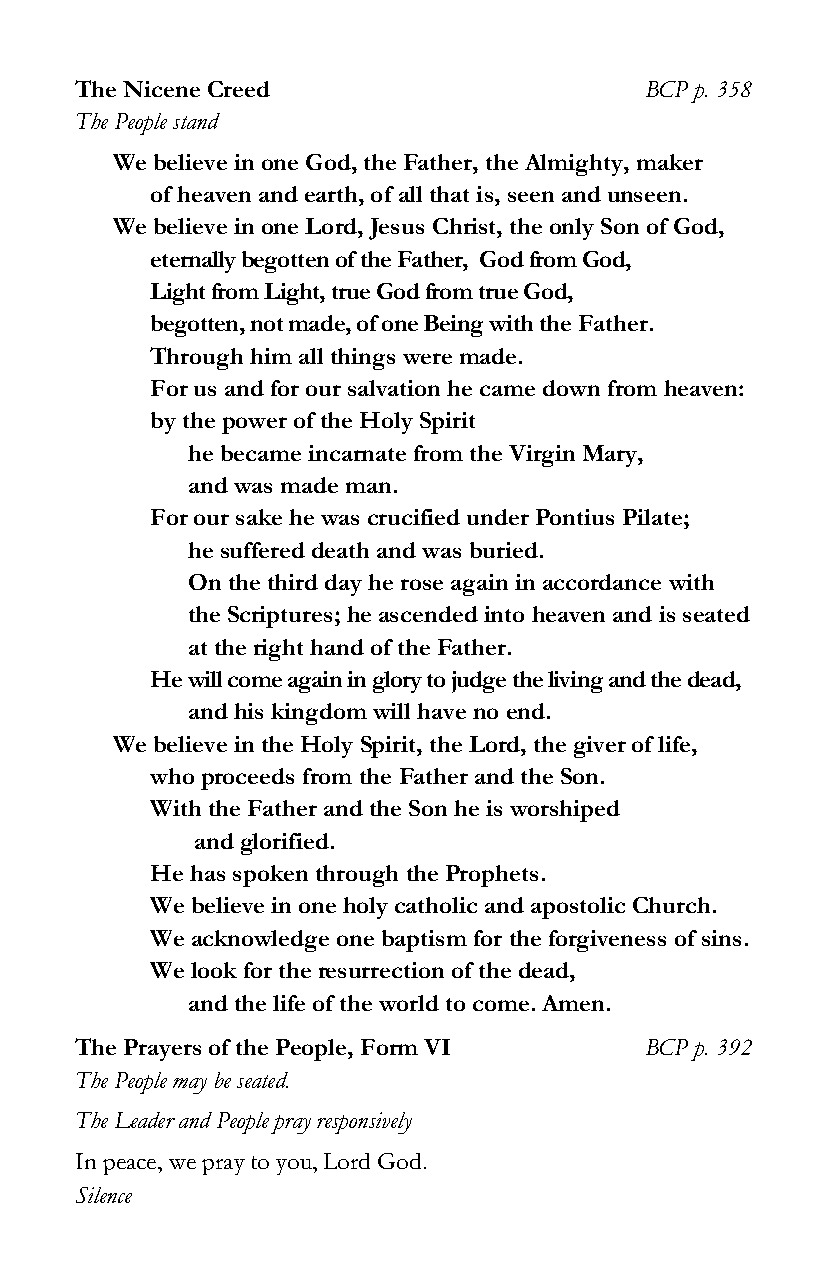
The Nicene Creed                      BCP p. 358
 The People stand
 We believe in one God, the Father, the Almighty, maker
 of heaven and earth, of all that is, seen and unseen.
 We believe in one Lord, Jesus Christ, the only Son of God,
 eternally begotten of the Father, God from God,
 Light from Light, true God from true God,
 begotten, not made, of one Being with the Father.
 Through him all things were made.
 For us and for our salvation he came down from heaven:
 by the power of the Holy Spirit
 he became incarnate from the Virgin Mary,
 and was made man.
 For our sake he was crucified under Pontius Pilate;
 he suffered death and was buried.
 On the third day he rose again in accordance with
 the Scriptures; he ascended into heaven and is seated
 at the right hand of the Father.
 He will come again in glory to judge the living and the dead,
 and his kingdom will have no end.
 We believe in the Holy Spirit, the Lord, the giver of life,
 who proceeds from the Father and the Son.
 With the Father and the Son he is worshiped
 and glorified.
 He has spoken through the Prophets.
 We believe in one holy catholic and apostolic Church.
 We acknowledge one baptism for the forgiveness of sins.
 We look for the resurrection of the dead,
 and the life of the world to come. Amen.
 The Prayers of the People, Form VI    BCP p. 392
 The People may be seated.
 The Leader and People pray responsively
 In peace, we pray to you, Lord God.
 Silence